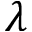
\lambda